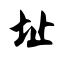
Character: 址